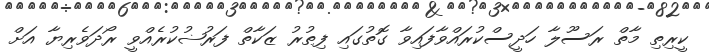
ކީރިތި މާތް ރަސޫލާ ހަދީސްކުރައްވާފައިވާ ގޮތުގައި ފިޠުރު ޒަކާތް ފަރުޟުކުރެއްވީ ރޯދަވެރިޔާ އަށް